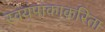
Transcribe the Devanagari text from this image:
स्वयंपाकाकरिता